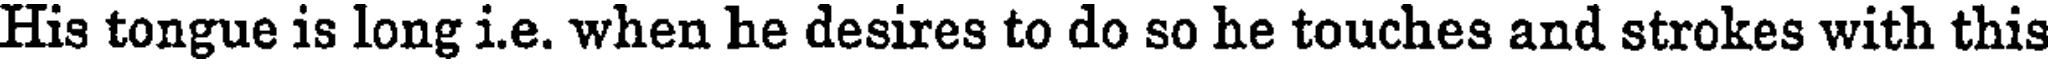
His tongue is long i.e. when he desires to do so he touches and strokes with this